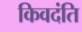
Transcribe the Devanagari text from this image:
किवदंति